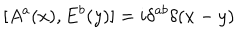
[ A ^ { a } ( x ) , E ^ { b } ( y ) ] = i \delta ^ { a b } \delta ( x - y )